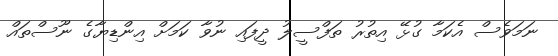
ނަމަވެސް އެކަމާ ގުޅޭ އިތުރު ތަފްސީލު ދީފައި ނުވާ ކަމަށް އިންޑިޔާގެ ނޫސްތައް